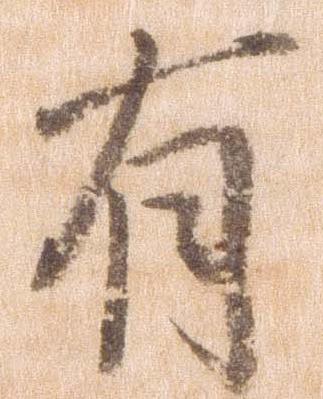
有